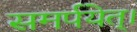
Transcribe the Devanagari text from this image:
समर्पयेत्।